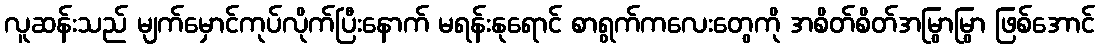
လူဆန်းသည် မျက်မှောင်ကုပ်လိုက်ပြီးနောက် မရန်းနုရောင် စာရွက်ကလေးတွေကို အစိတ်စိတ်အမြွာမြွာ ဖြစ်အောင်